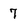
Character: 7